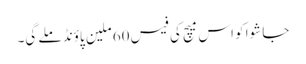
جا شوا کو اس میچ کی فیس 60 ملین پاؤنڈ ملے گی۔